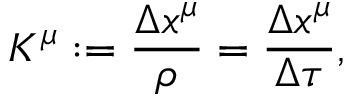
K ^ { \mu } : = \frac { \Delta x ^ { \mu } } { \rho } = \frac { \Delta x ^ { \mu } } { \Delta \tau } ,